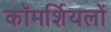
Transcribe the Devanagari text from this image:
कॉमर्शियलों